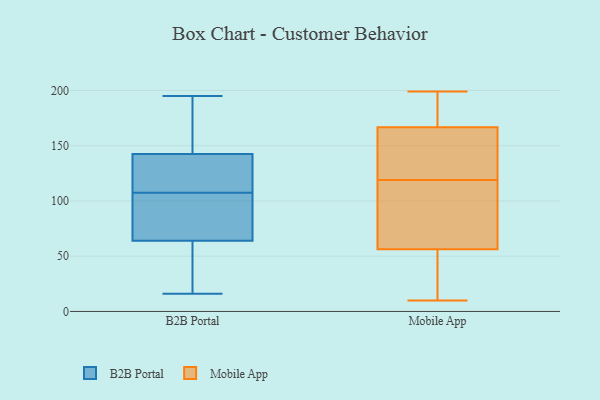
{"axis": {"x": "Revenue (USD Million)", "y": "Value"}, "legend": ["B2B Portal", "Mobile App"], "data": [{"x": "", "y": 86, "type": "B2B Portal"}, {"x": "", "y": 131, "type": "B2B Portal"}, {"x": "", "y": 94, "type": "B2B Portal"}, {"x": "", "y": 124, "type": "B2B Portal"}, {"x": "", "y": 62, "type": "B2B Portal"}, {"x": "", "y": 27, "type": "B2B Portal"}, {"x": "", "y": 168, "type": "B2B Portal"}, {"x": "", "y": 16, "type": "B2B Portal"}, {"x": "", "y": 41, "type": "B2B Portal"}, {"x": "", "y": 28, "type": "B2B Portal"}, {"x": "", "y": 174, "type": "B2B Portal"}, {"x": "", "y": 180, "type": "B2B Portal"}, {"x": "", "y": 119, "type": "B2B Portal"}, {"x": "", "y": 195, "type": "B2B Portal"}, {"x": "", "y": 110, "type": "B2B Portal"}, {"x": "", "y": 132, "type": "B2B Portal"}, {"x": "", "y": 66, "type": "B2B Portal"}, {"x": "", "y": 105, "type": "B2B Portal"}, {"x": "", "y": 153, "type": "B2B Portal"}, {"x": "", "y": 98, "type": "B2B Portal"}, {"x": "", "y": 103, "type": "Mobile App"}, {"x": "", "y": 160, "type": "Mobile App"}, {"x": "", "y": 13, "type": "Mobile App"}, {"x": "", "y": 137, "type": "Mobile App"}, {"x": "", "y": 22, "type": "Mobile App"}, {"x": "", "y": 10, "type": "Mobile App"}, {"x": "", "y": 60, "type": "Mobile App"}, {"x": "", "y": 169, "type": "Mobile App"}, {"x": "", "y": 178, "type": "Mobile App"}, {"x": "", "y": 198, "type": "Mobile App"}, {"x": "", "y": 171, "type": "Mobile App"}, {"x": "", "y": 158, "type": "Mobile App"}, {"x": "", "y": 82, "type": "Mobile App"}, {"x": "", "y": 119, "type": "Mobile App"}, {"x": "", "y": 199, "type": "Mobile App"}, {"x": "", "y": 100, "type": "Mobile App"}, {"x": "", "y": 137, "type": "Mobile App"}, {"x": "", "y": 21, "type": "Mobile App"}, {"x": "", "y": 55, "type": "Mobile App"}]}